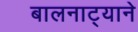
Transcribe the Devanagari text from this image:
बालनाट्याने